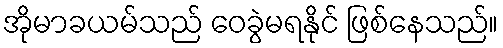
အိုမာခယမ်သည် ဝေခွဲမရနိုင် ဖြစ်နေသည်။